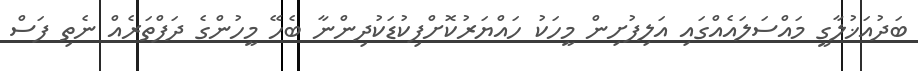
ބަދުއަޚުލާގީ މައްސަލައެއްގައި އަލިފުށިން މީހަކު ހައްޔަރުކޮށްފިކުޑަކުދިންނާ ބެހޭ މީހުންގެ ދަފްތަރެއް ނެތި ފަސް